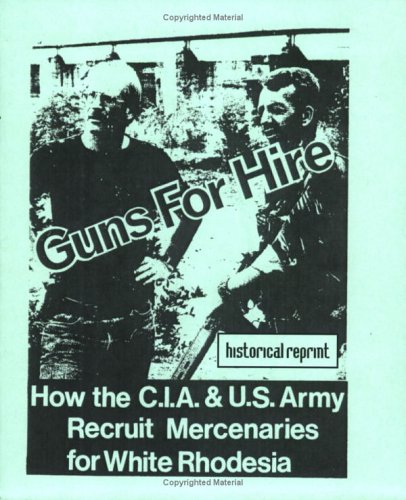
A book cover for Guns for Hire: How The CIA & US Army Recruit Mercenaries For White Rhodesia; History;